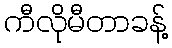
ကီလိုမီတာခန့်